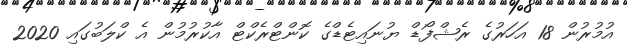
އުމުރުން 18 އަހަރުގެ ރެޝްފޯޑް ޔުނައިޓެޑްގެ ކޮންޓްރެކްޓް އާކުރުމުން އެ ކްލަބުގައި 2020